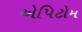
એપિટોમ